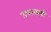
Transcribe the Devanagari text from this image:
उपखाड़ी